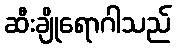
ဆီးချိုရောဂါသည်